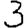
Digit: 3